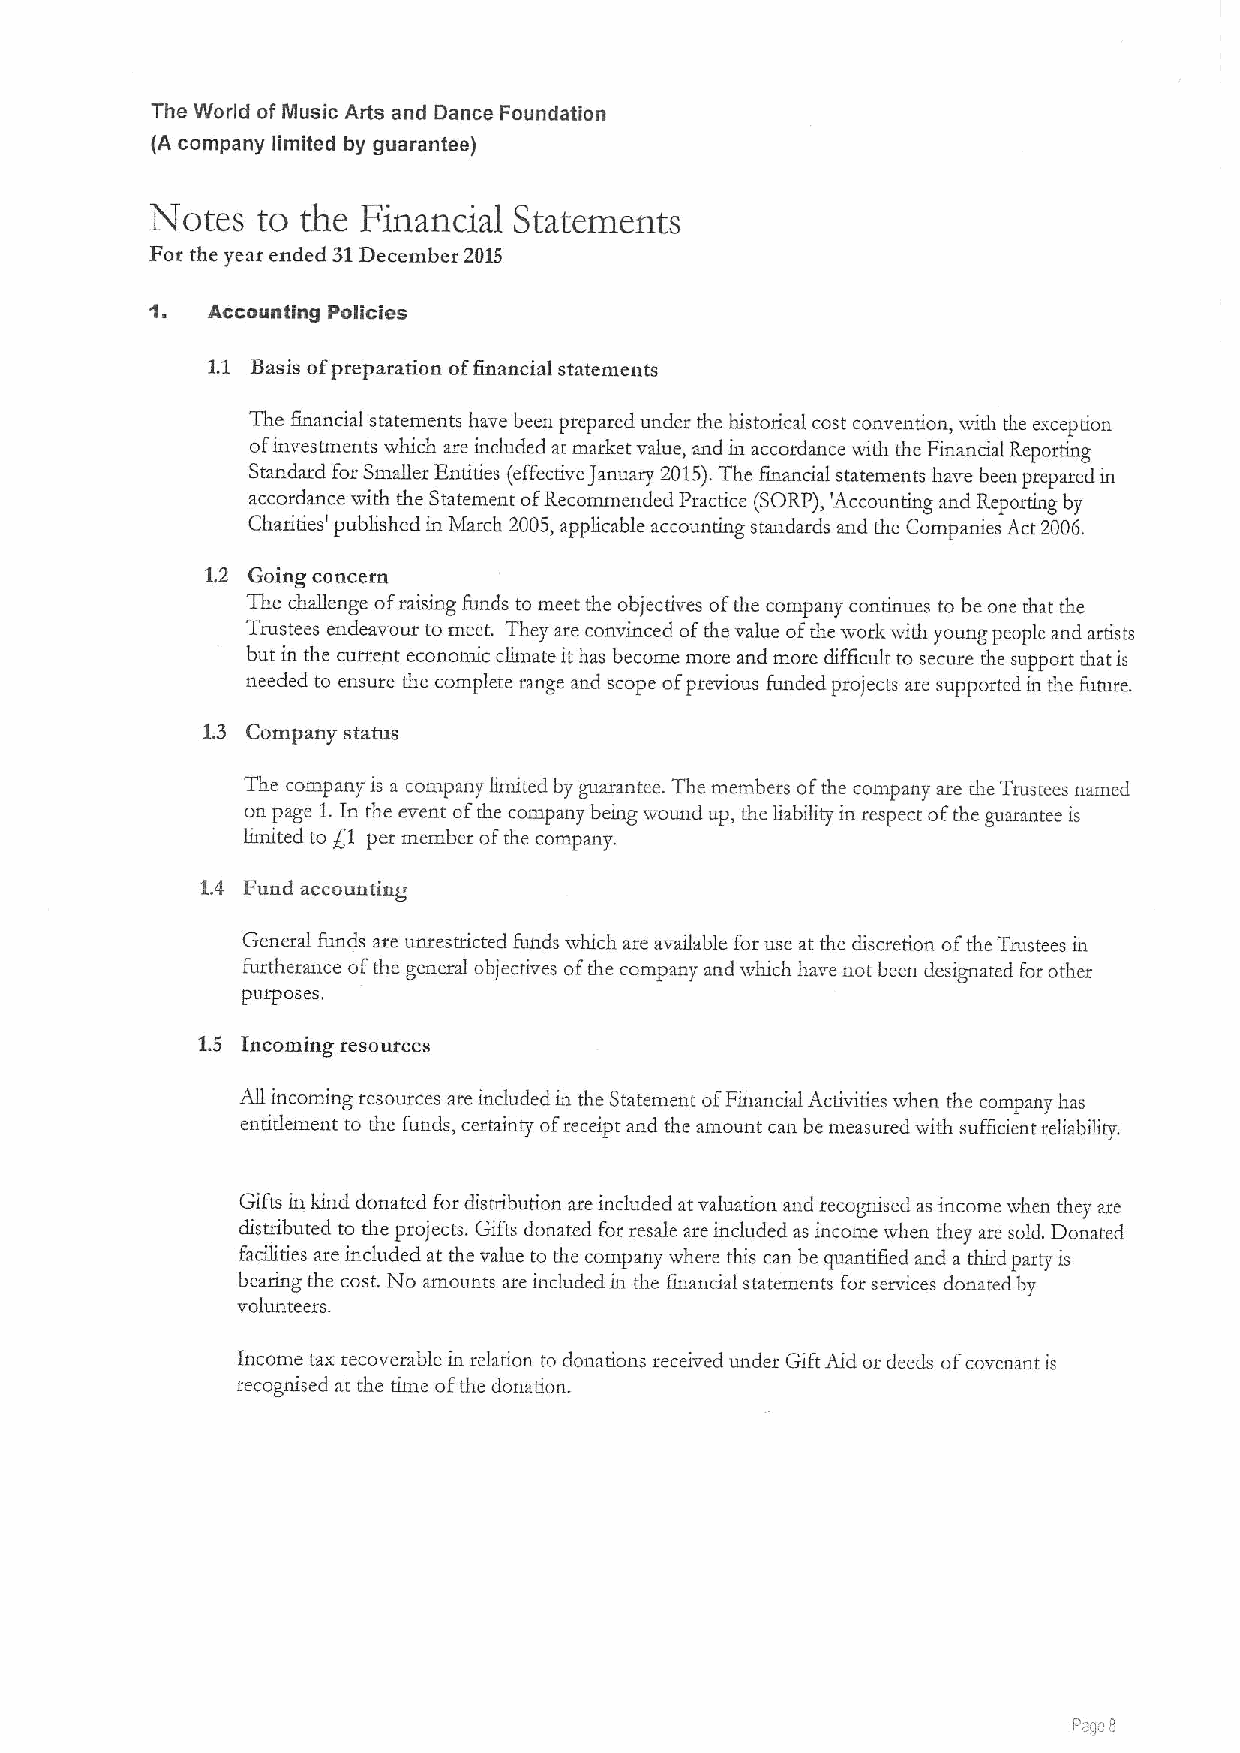
The World ofMusic Arts and Dance Foundation
 (A company limited by guarantee)
 Notes  to the Financial Statements
 For the year ended 31December 2015
 1.
 Accounting Policies
 1.1 Basis ofpreparation offinancial statements
 The bnancial statements have been prepared under the histodcal cost convention, with the erception
 ofinvestments which are induded at market value, and in accordance with the Financial Reporting
 Standard for Smaller Endties (effective January 2015).The financial statements have been prepared in
 accordance with the Statement ofRecommended Practice (SORP), 'Accounting and Repordng by
 Charities' published in March 2005,applicable accounting standards and the Companies Act 2006.
 1,2 Going concern
 The challenge ofraising funds to meet the objectives ofthe company continues to be one that the
 Trustees endeavour to meet. They are convinced ofthe value ofthe work with young people and artists
 but in the current economic cliinate it has become more and more difficult to secure tire support that is
 needed to ensure the complete range and scope ofprevious funded projects are supported in the future.
 1.3 Company status
 The company is a company limited by guarantee. The members ofthe company are the Trustees named
 on page 1.In the event ofthe company being wound up, the liability in respect ofthe guarantee is
 limited to g1 per member ofthe company.
 1.4 Fund accounting
 General funds are unrestricted funds which are available Eoruse at the discretion ofthe Trustees in
 furtherance ofthe general objectives ofthe company and which have not been designated Eor other
 purposes,
 1.5 Incoming resources
 All incoming resources are included in the Statement ofFinancial Activities ivhen the company has
 entitleinent to the funds, certainty ofreceipt and the amount can be measured with suEficient reliability.
 Gifts in kind donated Eordistribution are included at valuation and recognised as income when they are
 distributed to the projects. Gifts donated for resale are included as income when they are sold. Donated
 facilities are included at the value to the corupany where this can be quantihed and a third party is
 bearing the cost. No amounts are included in the financial statements for services donated by
 volunteers.
 Income tax recovemble in relation to donations received under Gift Aid or deeds ofcovenant is
 recognised at the time ofthe donation.